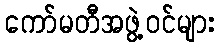
ကော်မတီအဖွဲ့ဝင်များ